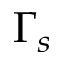
\Gamma _ { s }